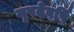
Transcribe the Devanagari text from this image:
नृपदेवर्षि